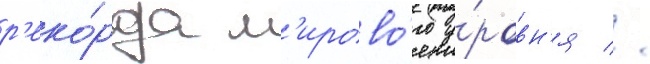
р'еко́рда м'ирово́го у́ровн'я //